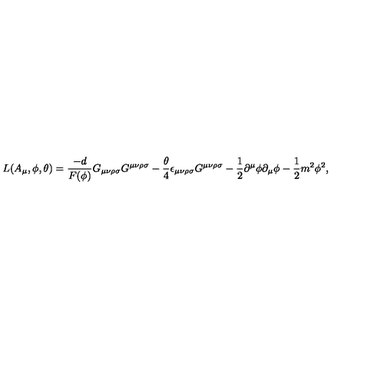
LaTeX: L ( A _ { \mu } , \phi , \theta ) = { \frac { - d } { F ( \phi ) } } G _ { \mu \nu \rho \sigma } G ^ { \mu \nu \rho \sigma } - { \frac { \theta } { 4 } } \epsilon _ { \mu \nu \rho \sigma } G ^ { \mu \nu \rho \sigma } - { \frac { 1 } { 2 } } \partial ^ { \mu } \phi \partial _ { \mu } \phi - { \frac { 1 } { 2 } } m ^ { 2 } \phi ^ { 2 } ,